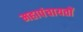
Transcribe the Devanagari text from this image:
महापंचायतों